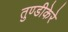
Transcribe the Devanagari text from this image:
तुण्डीकेरे